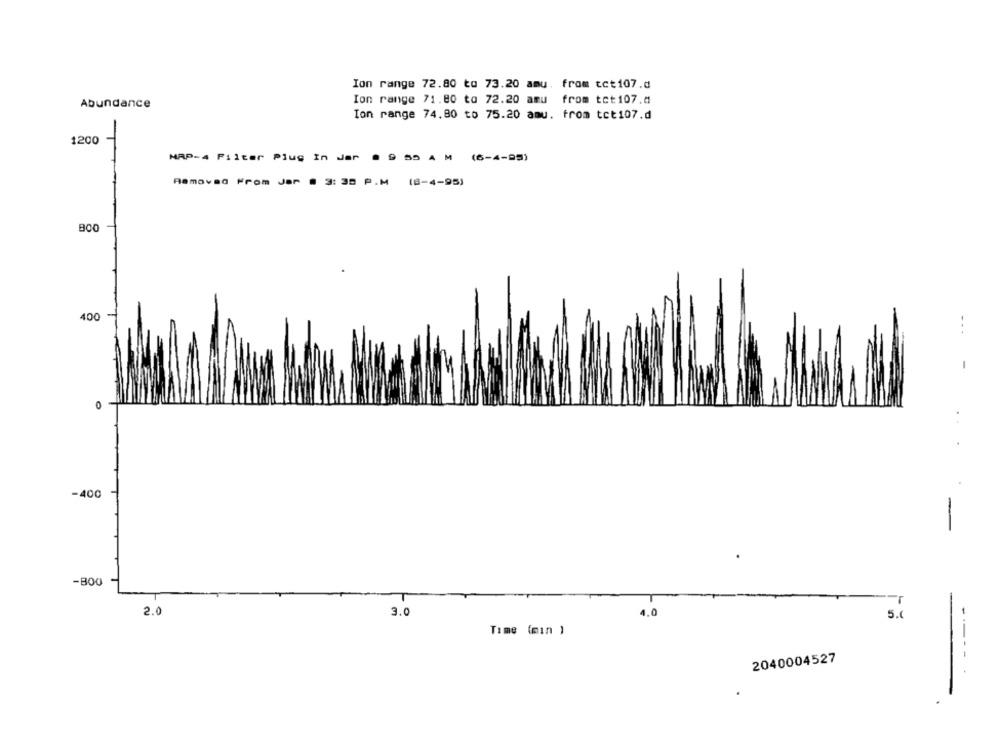
Ion range 72.80 to 73.20 amu. from cct107.d
Abundance
Ion range 71.80 to 72.20 amu from tct107.4
Ion range 74.80 to 75.20 amu. from tct107.d
1200
Jer
AM
(6-4-95)
T
MAP-4 Filter Plug In
Aamoved From Jar .
3: 30 P.M
(8-4-95)
800
400
0
-400
-800
2.0
3.0
4.0
5.
Time (min )
2040004527
----